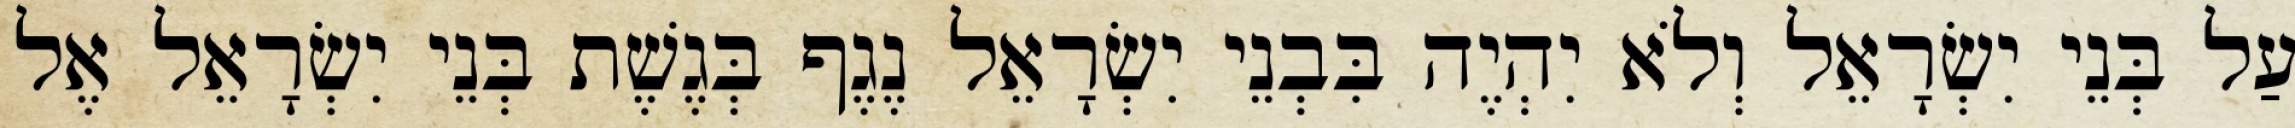
עַל בְּנֵי יִשְׂרָאֵל וְלֹא יִהְיֶה בִּבְנֵי יִשְׂרָאֵל נֶגֶף בְּגֶשֶׁת בְּנֵי יִשְׂרָאֵל אֶל